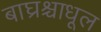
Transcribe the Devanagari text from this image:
बाघ्रश्चाधूल